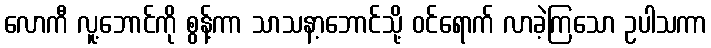
လောကီ လူ့ဘောင်ကို စွန့်ကာ သာသနာ့ဘောင်သို့ ဝင်ရောက် လာခဲ့ကြသော ဥပါသကာ